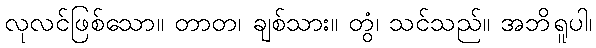
လုလင်ဖြစ်သော။ တာတ၊ ချစ်သား။ တွံ၊ သင်သည်။ အဘိရူပါ၊